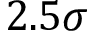
2 . 5 \sigma